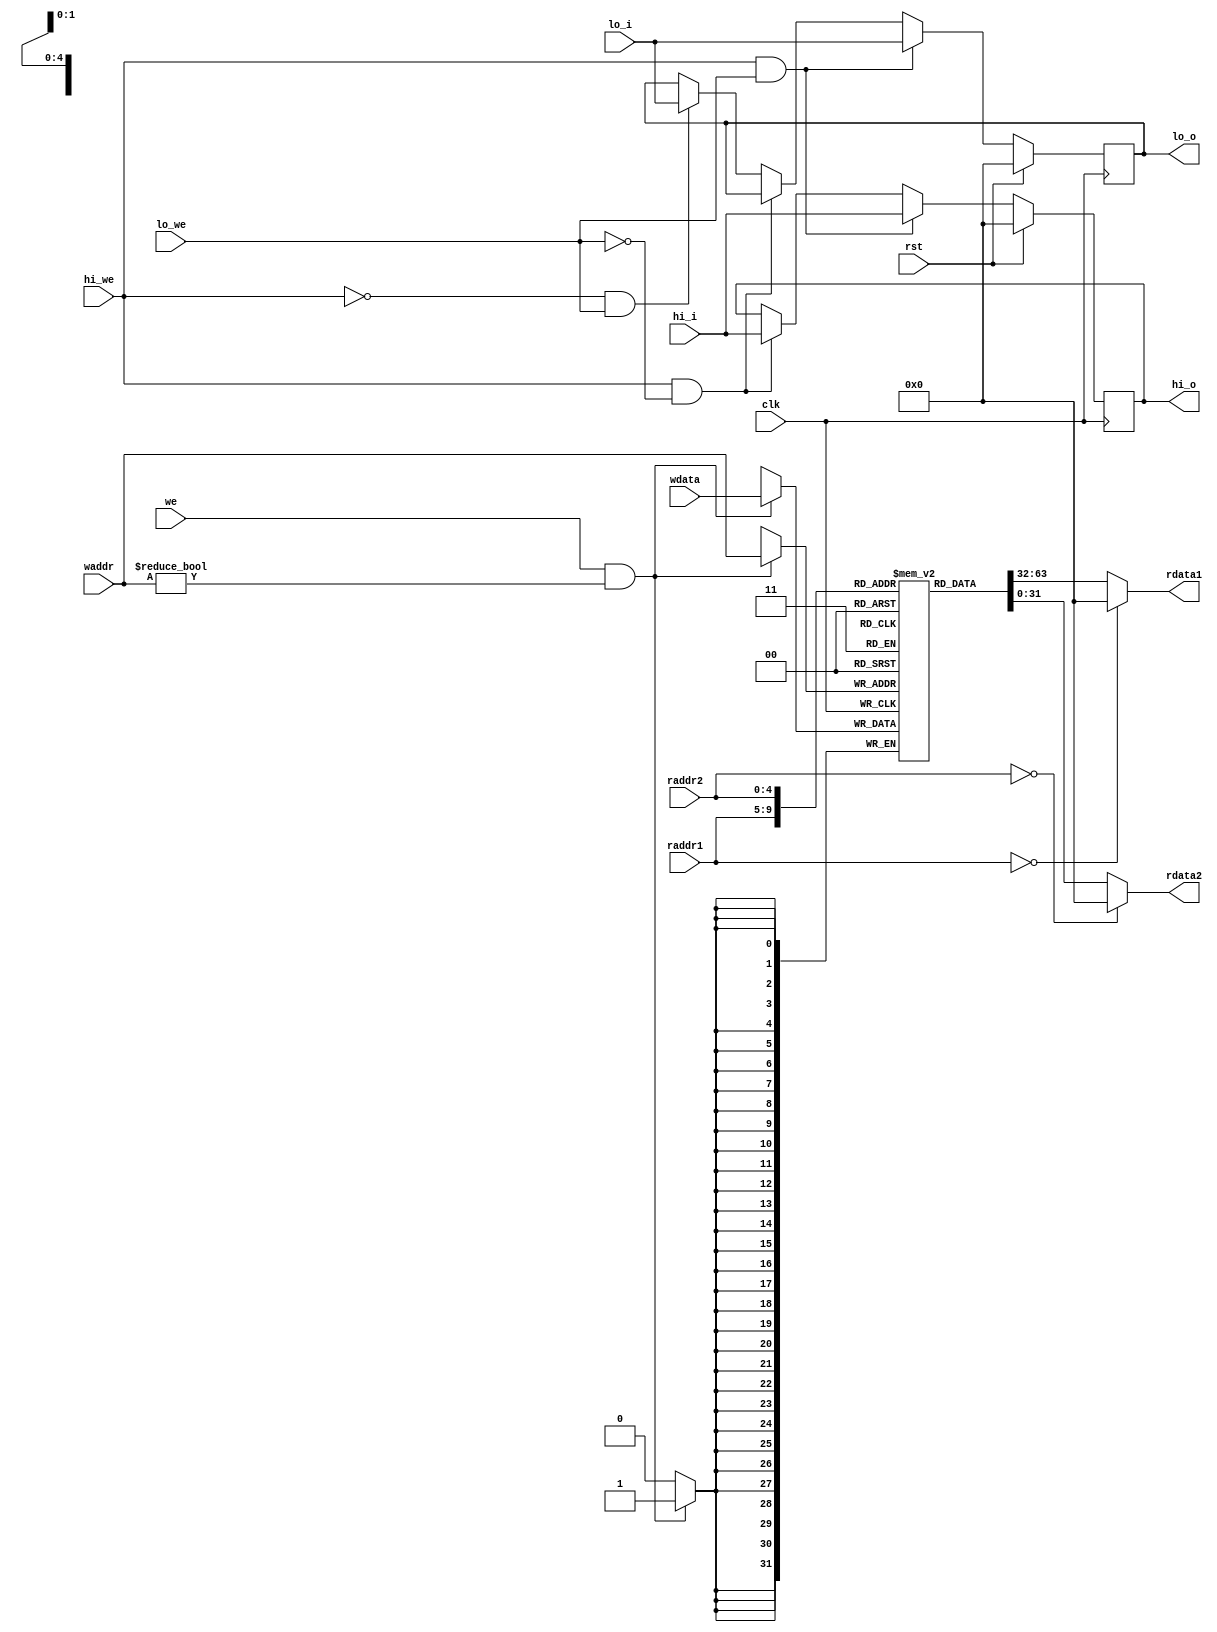
module regfile(
    input wire clk,
    input wire rst,
    input wire [4:0] raddr1,
    output wire [31:0] rdata1,
    input wire [4:0] raddr2,
    output wire [31:0] rdata2,
    
    input wire we,
    input wire [4:0] waddr,
    input wire [31:0] wdata,

    input wire hi_we,
    input wire [31:0] hi_i,
    input wire lo_we,
    input wire [31:0] lo_i,

    output wire [31:0] hi_o,
    output wire [31:0] lo_o
);
    reg [31:0] reg_array [31:0];
    reg [31:0] hi_reg,lo_reg;
    // write
    always @ (posedge clk) begin
        if (we && waddr!=5'b0) begin
            reg_array[waddr] <= wdata;
        end
    end

    always @ (posedge clk) begin
        if (rst) begin
            hi_reg<=32'b0;
            lo_reg<=32'b0;
        end
        else if(hi_we & lo_we)begin
            hi_reg<=hi_i;
            lo_reg<=lo_i;
        end
        else if(hi_we & ~lo_we)begin
            hi_reg<=hi_i;
        end
        else if(~hi_we & lo_we)begin
            lo_reg<=lo_i;
        end
    end
    assign hi_o=hi_reg;
    assign lo_o=lo_reg;
    // read out 1
    assign rdata1 = (raddr1 == 5'b0) ? 32'b0 : reg_array[raddr1];

    // read out2
    assign rdata2 = (raddr2 == 5'b0) ? 32'b0 : reg_array[raddr2];
endmodule